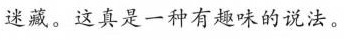
迷藏。这真是一种有趣味的说法。